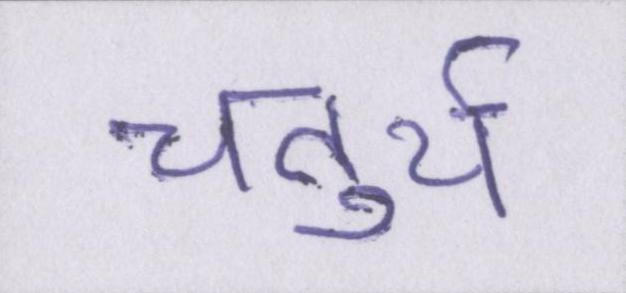
चतुर्थ